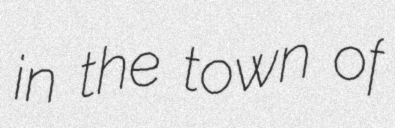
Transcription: in the town of